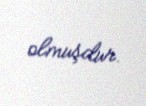
olmuşdur.